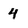
Character: 4